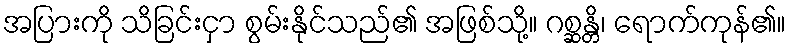
အပြားကို သိခြင်းငှာ စွမ်းနိုင်သည်၏ အဖြစ်သို့။ ဂစ္ဆန္တိ၊ ရောက်ကုန်၏။